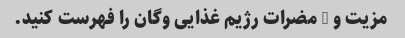
مزیت و 3 مضرات رژیم غذایی وگان را فهرست کنید.